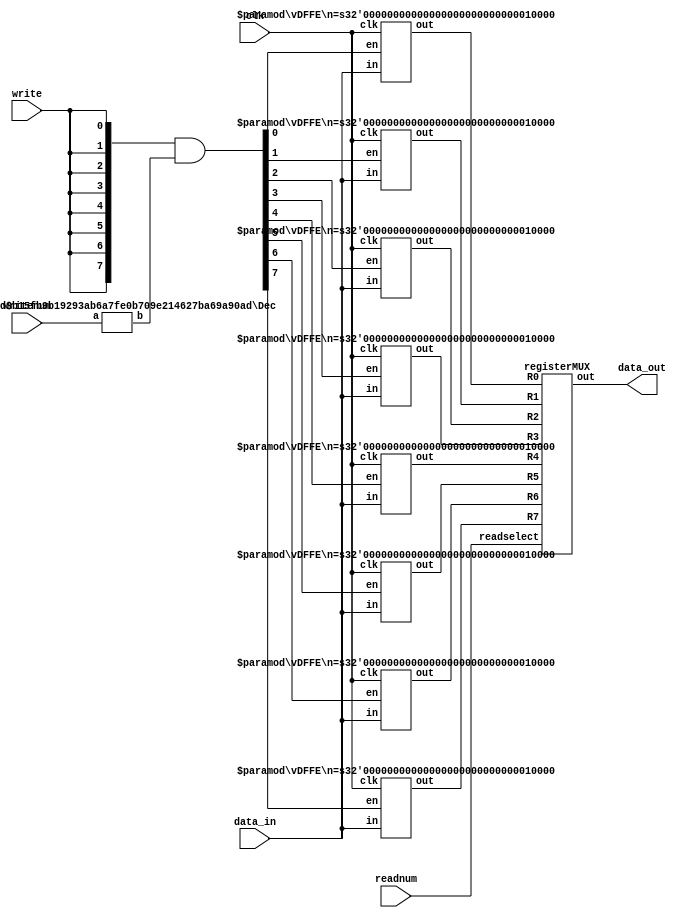
module regfile(data_in,writenum,write,readnum,clk,data_out);
input [15:0] data_in;
input [2:0] writenum, readnum;
input write, clk;
output [15:0] data_out;

wire [7:0] ewrite = {8{write}};
wire [7:0] writehotcode;
wire [7:0] readhotcode;
wire [7:0] wresult = ewrite & writehotcode;
//wire [7:0] rresult = ewrite & writehotcode;
wire [15:0] R0,R1,R2,R3,R4,R5,R6,R7;





Dec #(3,8) writen(.a(writenum),.b(writehotcode));
//Dec #(3,8) read(.num(readnum),.onehot(readhotcode));

vDFFE #(16) RR0 ( .clk(clk), .en(wresult[0]), .in(data_in), .out(R0) ); //instatiating register 0
vDFFE #(16) RR1 ( .clk(clk), .en(wresult[1]), .in(data_in), .out(R1) );	//instatiating register 1
vDFFE #(16) RR2 ( .clk(clk), .en(wresult[2]), .in(data_in), .out(R2) );	//instatiating register 2
vDFFE #(16) RR3 ( .clk(clk), .en(wresult[3]), .in(data_in), .out(R3) );	//instatiating register 3

vDFFE #(16) RR4 ( .clk(clk), .en(wresult[4]), .in(data_in), .out(R4) );	//instatiating register 4
vDFFE #(16) RR5 ( .clk(clk), .en(wresult[5]), .in(data_in), .out(R5) );	//instatiating register 5
vDFFE #(16) RR6 ( .clk(clk), .en(wresult[6]), .in(data_in), .out(R6) );	//instatiating register 6
vDFFE #(16) RR7 ( .clk(clk), .en(wresult[7]), .in(data_in), .out(R7) );	//instatiating register 7

registerMUX final (.R0(R0),.R1(R1),.R2(R2),.R3(R3),.R4(R4),.R5(R5),.R6(R6),.R7(R7),.readselect(readnum),.out(data_out)); //instantiating MUX for reading registers
//readnum
endmodule


//decoder module to decode binary input 'a' to onehot output 'b'
module Dec(a, b) ;
  parameter n=2 ;	//bus width of a
  parameter m=4 ;	//bus width of b

  input  [n-1:0] a ;
  output [m-1:0] b ;

  wire [m-1:0] b = 1'b1 << a ;	//move '1' but 'a' positions over in b
endmodule

//register modules for implementation in register (also used in datapath.)
module vDFFE(clk, en, in, out) ;
  parameter n = 1;  // width of register
  input clk, en ;
  input  [n-1:0] in ;
  output [n-1:0] out ;
  reg    [n-1:0] out ;
  wire   [n-1:0] next_out ;

  assign next_out = en ? in : out;	//next out = in if en, otherwise out.

  always @(posedge clk)
    out = next_out;  	//update out on clock
endmodule

//8 input mux for use in register
module registerMUX (R0,R1,R2,R3,R4,R5,R6,R7, readselect,out);
//input [2:0] readnum;
input [2:0] readselect;
input [15:0] R0,R1,R2,R3,R4,R5,R6,R7;
output reg [15:0] out;

always@(*)begin
	case(readselect)
	3'b000: out = R0;	//in = 0, out = R0
	3'b001: out = R1;	//in = 1, out = R1
	3'b010: out = R2;	//in = 2, out = R2
	3'b011: out = R3;	//in = 3, out = R3
	3'b100: out = R4;	//in = 4, out = R4
	3'b101: out = R5;	//in = 5, out = R5
	3'b110: out = R6;	//in = 6, out = R6
	3'b111:	out = R7;	//in = 7, out = R7
	default out = {16{1'bx}};	//default to weirdness
endcase
end
endmodule